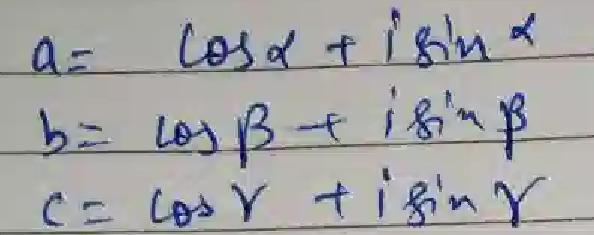
\begin{align*}
a &= \cos\alpha + i\sin\alpha\\
b &= \cos\beta + i\sin\beta\\
c &= \cos\gamma + i\sin\gamma
\end{align*}